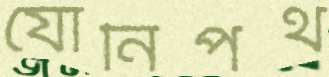
যোনিপথ